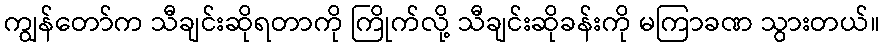
ကျွန်တော်က သီချင်းဆိုရတာကို ကြိုက်လို့ သီချင်းဆိုခန်းကို မကြာခဏ သွားတယ်။